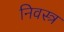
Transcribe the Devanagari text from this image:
निवस्त्र